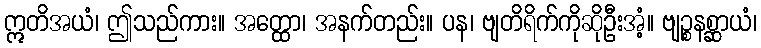
ဣတိအယံ၊ ဤသည်ကား။ အတ္ထော၊ အနက်တည်း။ ပန၊ ဗျတိရိက်ကိုဆိုဦးအံ့။ ဗျဉ္စနစ္ဆာယံ၊